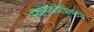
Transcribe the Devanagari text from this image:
स्वभाववैशिष्ठ्ये